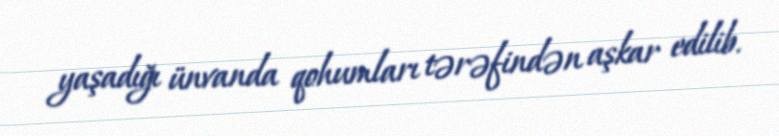
yaşadığı ünvanda qohumları tərəfindən aşkar edilib.